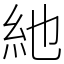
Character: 䊶